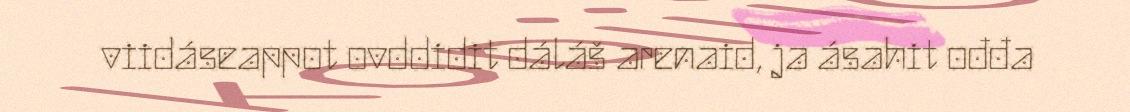
viidáseappot ovddidit dáláš arenaid, ja ásahit ođđa